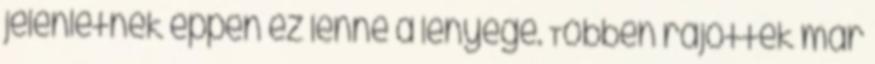
jelenlétnek éppen ez lenne a lényege. Többen rájöttek már